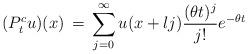
LaTeX: \begin{align*}(P_t^c u)(x) \, = \, \sum_{j=0}^\infty u(x+lj) \frac{(\theta t)^j}{j!}e^{-\theta t}\end{align*}